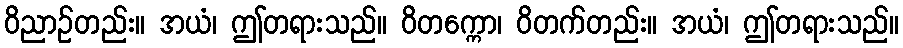
ဝိညာဉ်တည်း။ အယံ၊ ဤတရားသည်။ ဝိတက္ကော၊ ဝိတက်တည်း။ အယံ၊ ဤတရားသည်။